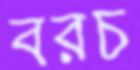
বরচ